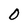
Character: 0